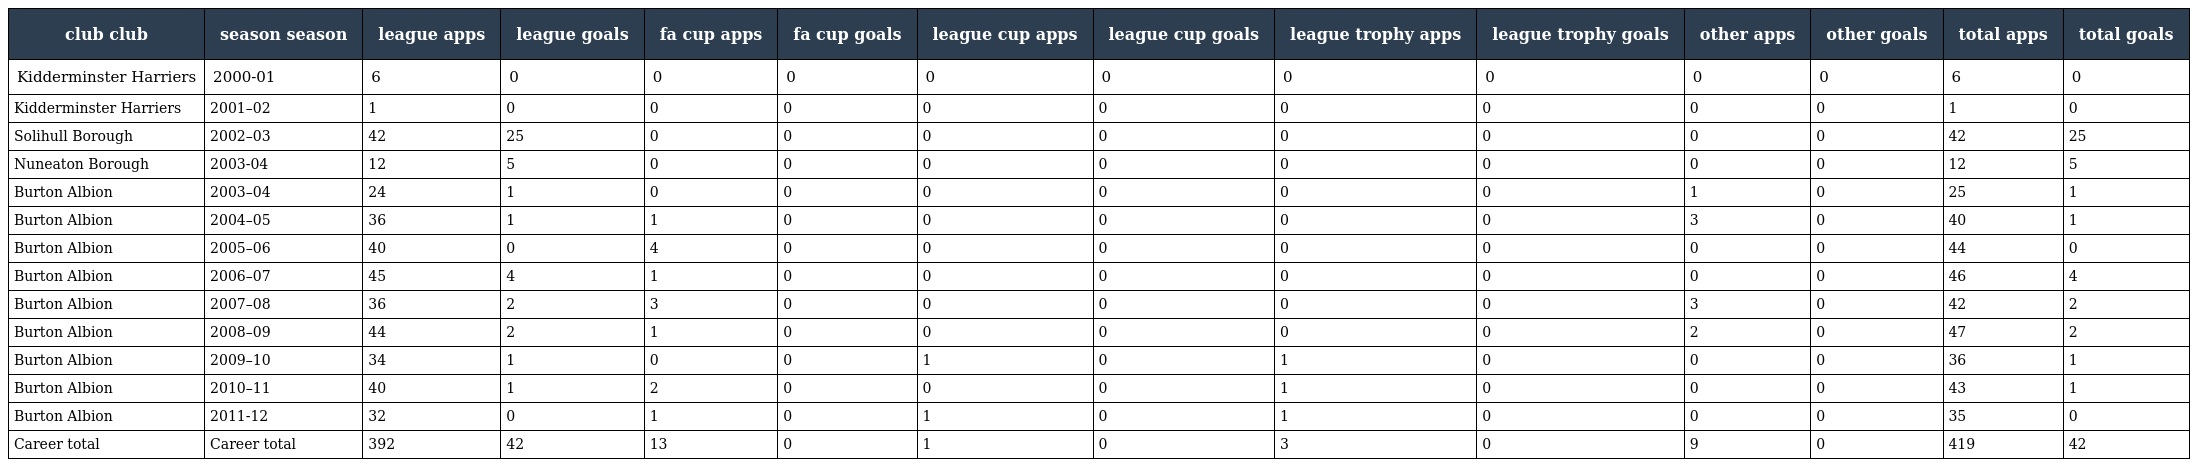
| club club | season season | league apps | league goals | fa cup apps | fa cup goals | league cup apps | league cup goals | league trophy apps | league trophy goals | other apps | other goals | total apps | total goals |
 | --- | --- | --- | --- | --- | --- | --- | --- | --- | --- | --- | --- | --- | --- |
 | Kidderminster Harriers | 2000-01 | 6 | 0 | 0 | 0 | 0 | 0 | 0 | 0 | 0 | 0 | 6 | 0 |
 | Kidderminster Harriers | 2001–02 | 1 | 0 | 0 | 0 | 0 | 0 | 0 | 0 | 0 | 0 | 1 | 0 |
 | Solihull Borough | 2002–03 | 42 | 25 | 0 | 0 | 0 | 0 | 0 | 0 | 0 | 0 | 42 | 25 |
 | Nuneaton Borough | 2003-04 | 12 | 5 | 0 | 0 | 0 | 0 | 0 | 0 | 0 | 0 | 12 | 5 |
 | Burton Albion | 2003–04 | 24 | 1 | 0 | 0 | 0 | 0 | 0 | 0 | 1 | 0 | 25 | 1 |
 | Burton Albion | 2004–05 | 36 | 1 | 1 | 0 | 0 | 0 | 0 | 0 | 3 | 0 | 40 | 1 |
 | Burton Albion | 2005–06 | 40 | 0 | 4 | 0 | 0 | 0 | 0 | 0 | 0 | 0 | 44 | 0 |
 | Burton Albion | 2006–07 | 45 | 4 | 1 | 0 | 0 | 0 | 0 | 0 | 0 | 0 | 46 | 4 |
 | Burton Albion | 2007–08 | 36 | 2 | 3 | 0 | 0 | 0 | 0 | 0 | 3 | 0 | 42 | 2 |
 | Burton Albion | 2008–09 | 44 | 2 | 1 | 0 | 0 | 0 | 0 | 0 | 2 | 0 | 47 | 2 |
 | Burton Albion | 2009–10 | 34 | 1 | 0 | 0 | 1 | 0 | 1 | 0 | 0 | 0 | 36 | 1 |
 | Burton Albion | 2010–11 | 40 | 1 | 2 | 0 | 0 | 0 | 1 | 0 | 0 | 0 | 43 | 1 |
 | Burton Albion | 2011-12 | 32 | 0 | 1 | 0 | 1 | 0 | 1 | 0 | 0 | 0 | 35 | 0 |
 | Career total | Career total | 392 | 42 | 13 | 0 | 1 | 0 | 3 | 0 | 9 | 0 | 419 | 42 |